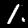
Label: 1